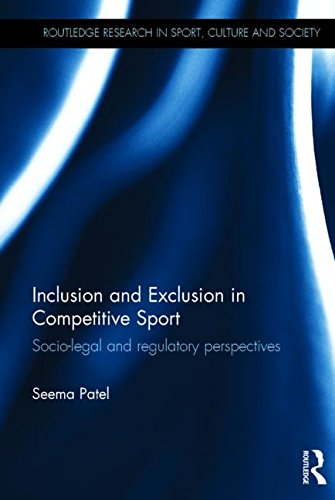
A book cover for Inclusion and Exclusion in Competitive Sport: Socio-Legal and Regulatory Perspectives (Routledge Research in Sport, Culture and Society); Seema Patel; Law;